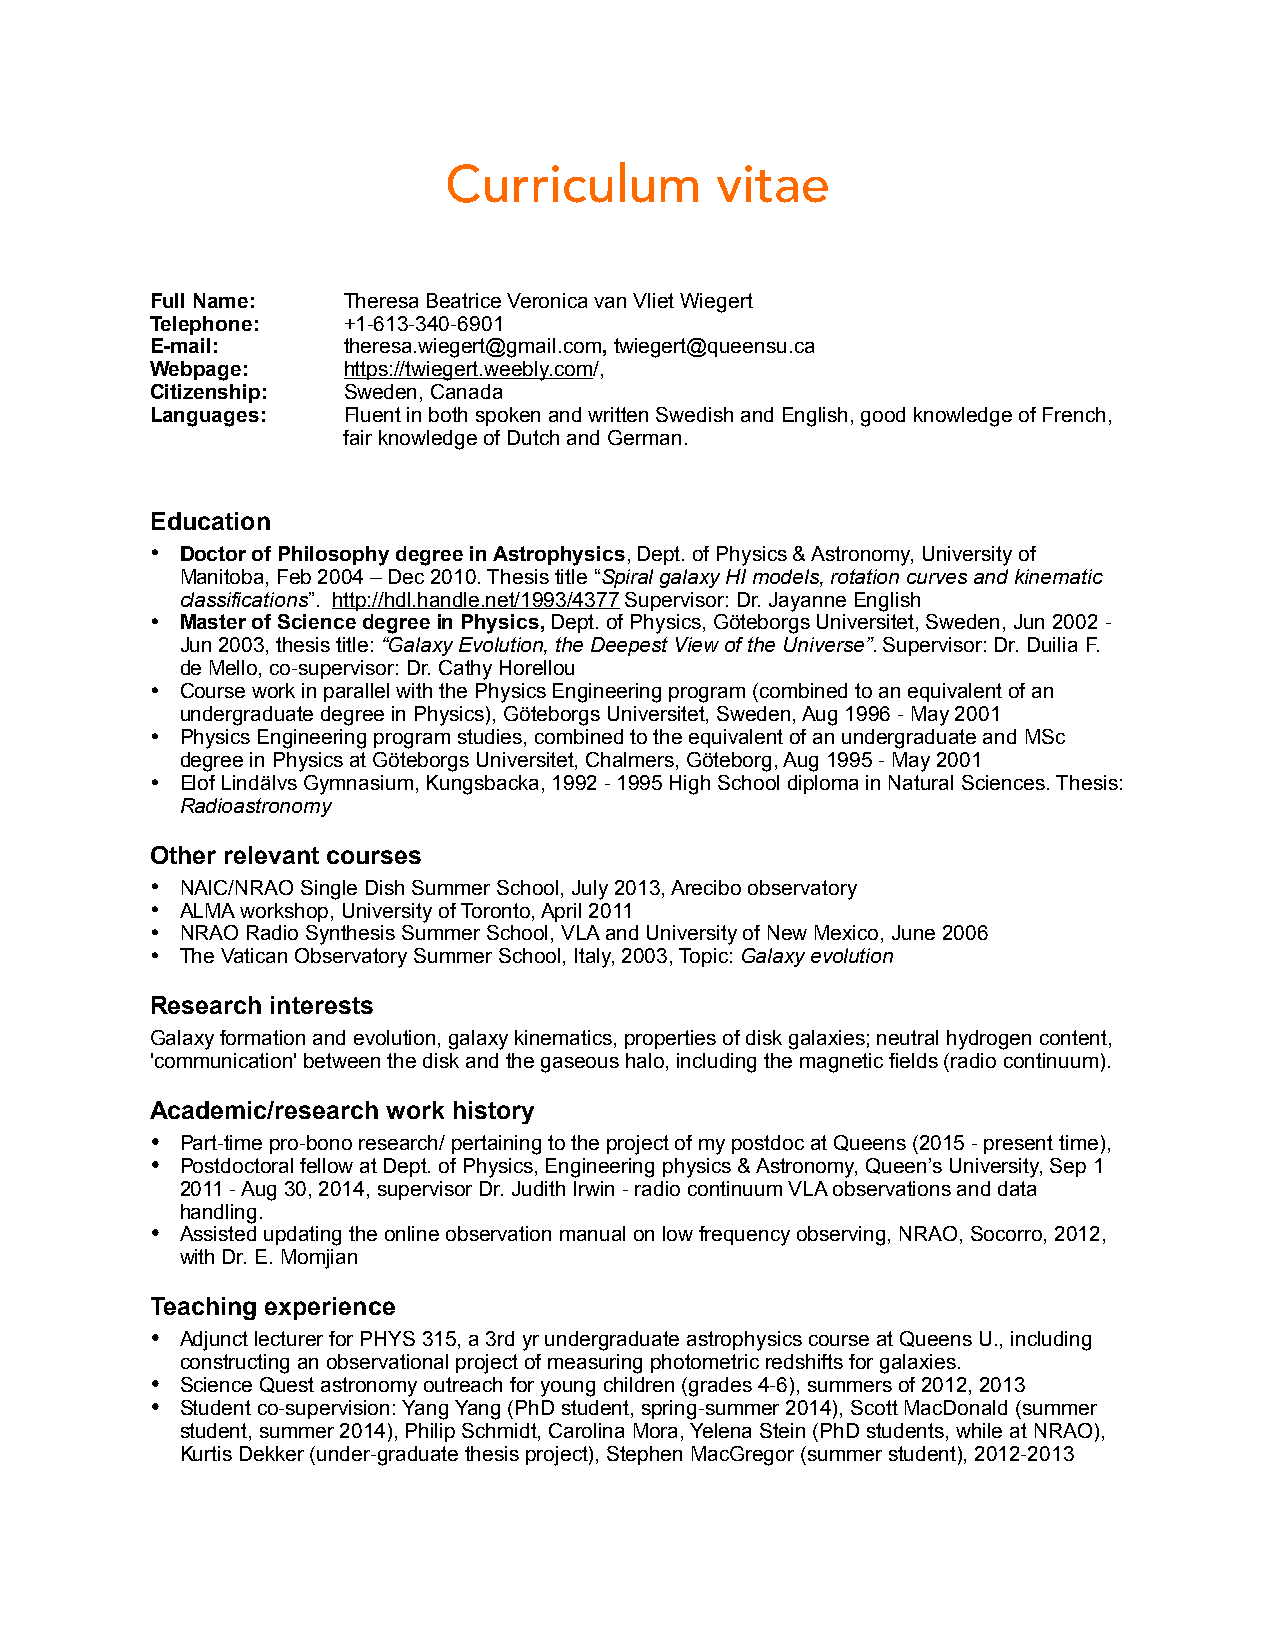
Curriculum        vitae
 Full Name:   Theresa Beatrice Veronica van Vliet Wiegert
 Telephone:   +1-613-340-6901
 E-mail:      theresa.wiegert@gmail.com, twiegert@queensu.ca
 Webpage:     https://twiegert.weebly.com/,
 Citizenship: Sweden, Canada
 Languages:   Fluent in both spoken and written Swedish and English, good knowledge of French,
 fair knowledge of Dutch and German.
 Education
 • Doctor of Philosophy degree in Astrophysics, Dept. of Physics & Astronomy, University of
 Manitoba, Feb 2004 – Dec 2010. Thesis title “Spiral galaxy HI models, rotation curves and kinematic
 classifications”. http://hdl.handle.net/1993/4377 Supervisor: Dr. Jayanne English
 • Master of Science degree in Physics, Dept. of Physics, Göteborgs Universitet, Sweden, Jun 2002 -
 Jun 2003, thesis title: “Galaxy Evolution, the Deepest View of the Universe”. Supervisor: Dr. Duilia F.
 de Mello, co-supervisor: Dr. Cathy Horellou
 • Course work in parallel with the Physics Engineering program (combined to an equivalent of an
 undergraduate degree in Physics), Göteborgs Universitet, Sweden, Aug 1996 - May 2001
 • Physics Engineering program studies, combined to the equivalent of an undergraduate and MSc
 degree in Physics at Göteborgs Universitet, Chalmers, Göteborg, Aug 1995 - May 2001
 • Elof Lindälvs Gymnasium, Kungsbacka, 1992 - 1995 High School diploma in Natural Sciences. Thesis:
 Radioastronomy
 Other relevant courses
 • NAIC/NRAO Single Dish Summer School, July 2013, Arecibo observatory
 • ALMA workshop, University of Toronto, April 2011
 • NRAO Radio Synthesis Summer School, VLA and University of New Mexico, June 2006
 • The Vatican Observatory Summer School, Italy, 2003, Topic: Galaxy evolution
 Research interests
 Galaxy formation and evolution, galaxy kinematics, properties of disk galaxies; neutral hydrogen content,
 'communication' between the disk and the gaseous halo, including the magnetic fields (radio continuum).
 Academic/research work history
 • Part-time pro-bono research/ pertaining to the project of my postdoc at Queens (2015 - present time),
 • Postdoctoral fellow at Dept. of Physics, Engineering physics & Astronomy, Queen’s University, Sep 1
 2011 - Aug 30, 2014, supervisor Dr. Judith Irwin - radio continuum VLA observations and data
 handling.
 • Assisted updating the online observation manual on low frequency observing, NRAO, Socorro, 2012,
 with Dr. E. Momjian
 Teaching experience
 • Adjunct lecturer for PHYS 315, a 3rd yr undergraduate astrophysics course at Queens U., including
 constructing an observational project of measuring photometric redshifts for galaxies.
 • Science Quest astronomy outreach for young children (grades 4-6), summers of 2012, 2013
 • Student co-supervision: Yang Yang (PhD student, spring-summer 2014), Scott MacDonald (summer
 student, summer 2014), Philip Schmidt, Carolina Mora, Yelena Stein (PhD students, while at NRAO),
 Kurtis Dekker (under-graduate thesis project), Stephen MacGregor (summer student), 2012-2013